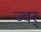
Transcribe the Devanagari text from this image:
ज्वर्